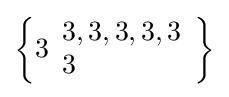
\left\{3{\begin{array}{l}3,3,3,3,3\\3\end{array}}\right\}